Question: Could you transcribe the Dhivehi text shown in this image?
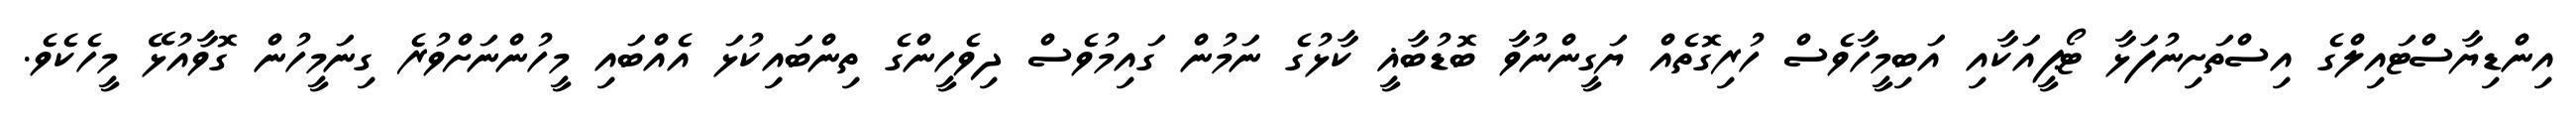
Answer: އިންޑިޔާސްޓައިލްގެ އިސްތަށިނުފަޅާ ޓޯޕީއަކާއި އަބިމީހާވެސް ހުރިގޮތެއް ޔަގީންނުވާ ބޮޑުބާޣީ ކާޅުގެ ނަމުން ގައިމުވެސް ދިވެހީންގެ ތިންބައިކުޅަ އެއްބައި މީހުންނަށްވުރެ ގިނަމީހުން ގޮވާއުޅޭ މީހެކެވެ.